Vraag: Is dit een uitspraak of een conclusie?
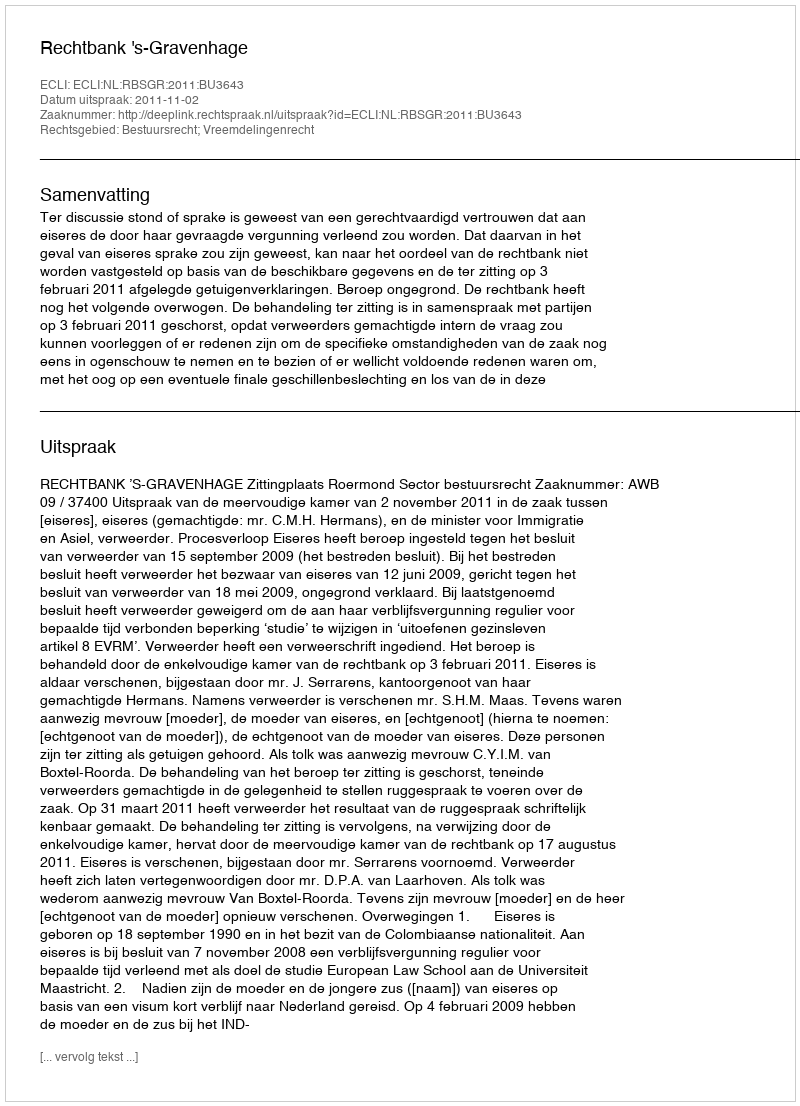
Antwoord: Uitspraak